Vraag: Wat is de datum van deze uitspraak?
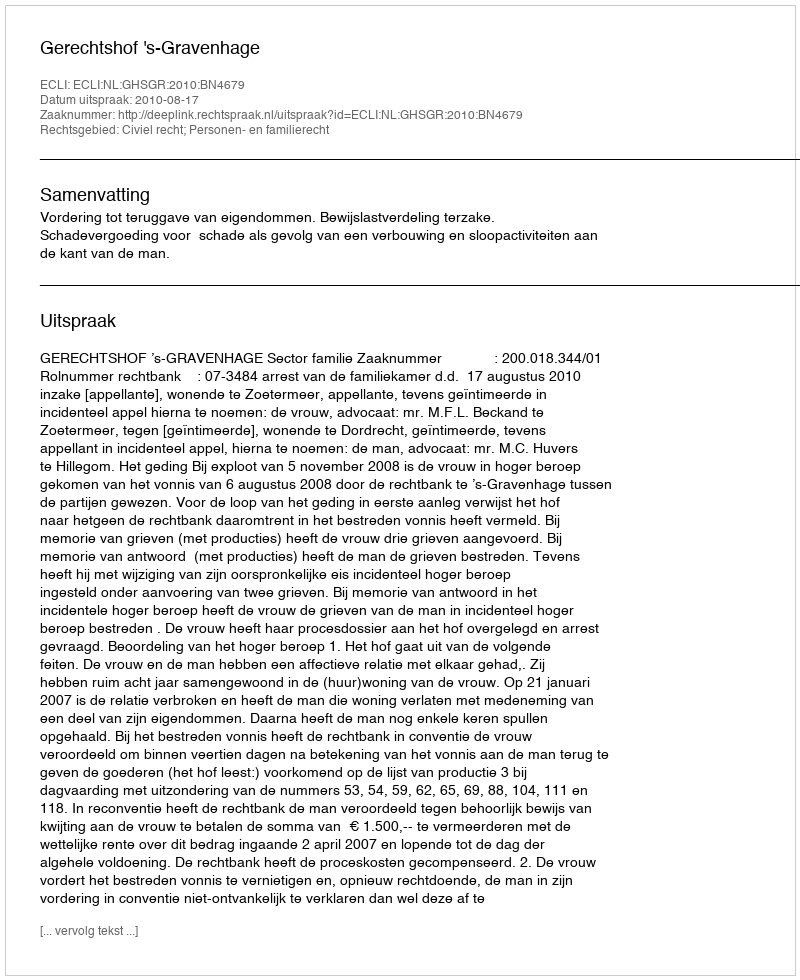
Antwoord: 2010-08-17